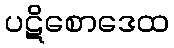
ပဋိစောဒေထ